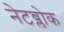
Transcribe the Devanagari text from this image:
नेटब्लोक